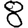
Digit: 8